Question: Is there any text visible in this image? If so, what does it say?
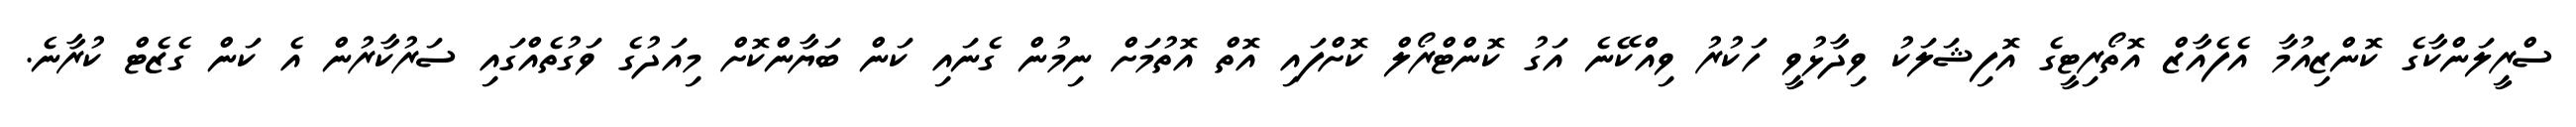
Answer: ސްރީލަންކާގެ ކޮންޒިއުމާ އެފެއާޒް އޮތޯރިޓީގެ އޮފިޝަލަކު ވިދާޅުވީ ހަކުރު ވިއްކޭނެ އަގު ކޮންޓްރޯލް ކޮށްފައި އޮތް އޮތުމަށް ނިމުން ގެނައި ކަން ބަޔާންކޮށް މިއަދުގެ ވަގުތެއްގައި ސަރުކާރުން އެ ކަން ގެޒެޓް ކުރާނެ.